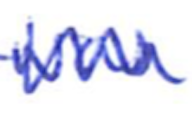
Text: was
Cross-out: mix
Writing tool: ballpoint